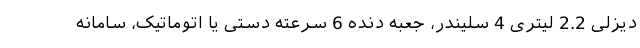
دیزلی 2.2 لیتری 4 سلیندر، جعبه دنده 6 سرعته دستی یا اتوماتیک، سامانه